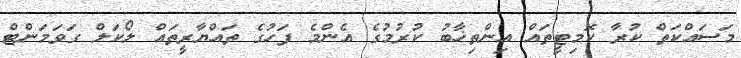
މަސައްކަތް ކުރާ ކޮމިޓީތައް އިންތިޚާބު ކުރުމުގެ އެންމެ ފަހުގެ ތައްޔާރީތައް ލޯކަލް ގަވަމަންޓް